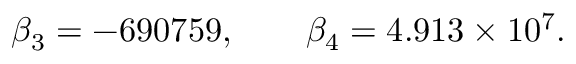
\beta _ { 3 } = - 6 9 0 7 5 9 , \qquad \beta _ { 4 } = 4 . 9 1 3 \times 1 0 ^ { 7 } .